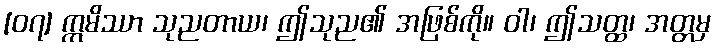
[၀၇] ဣမိဿာ သုညတာယ၊ ဤသုည၏ အဖြစ်ကို။ ဝါ၊ ဤသတ္ထ၊ အတ္တမှ